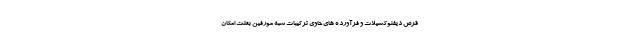
قرص دیفنوکسیلات و فرآورده های حاوی ترکیبات شبه مورفین بعلت امکان